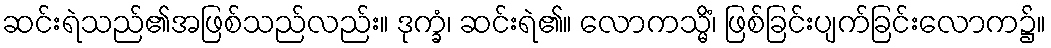
ဆင်းရဲသည်၏အဖြစ်သည်လည်း။ ဒုက္ခံ၊ ဆင်းရဲ၏။ လောကသ္မိံ၊ ဖြစ်ခြင်းပျက်ခြင်းလောက၌။